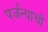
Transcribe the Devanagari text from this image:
पर्जन्याची